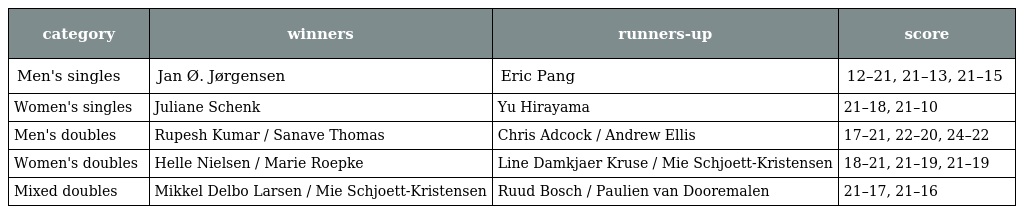
| category | winners | runners-up | score |
 | --- | --- | --- | --- |
 | Men's singles | Jan Ø. Jørgensen | Eric Pang | 12–21, 21–13, 21–15 |
 | Women's singles | Juliane Schenk | Yu Hirayama | 21–18, 21–10 |
 | Men's doubles | Rupesh Kumar / Sanave Thomas | Chris Adcock / Andrew Ellis | 17–21, 22–20, 24–22 |
 | Women's doubles | Helle Nielsen / Marie Roepke | Line Damkjaer Kruse / Mie Schjoett-Kristensen | 18–21, 21–19, 21–19 |
 | Mixed doubles | Mikkel Delbo Larsen / Mie Schjoett-Kristensen | Ruud Bosch / Paulien van Dooremalen | 21–17, 21–16 |